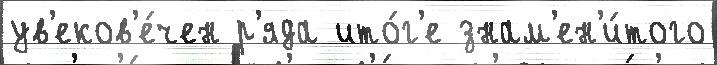
ув'еков'е́чен р'яда ито́г'е знам'ен'и́того